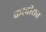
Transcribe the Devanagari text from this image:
करवीरात